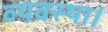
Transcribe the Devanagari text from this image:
व्‍यवस्‍था।